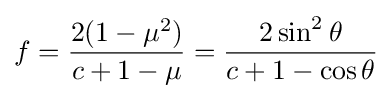
f={\frac {2(1-\mu ^{2})}{c+1-\mu }}={\frac {2\sin ^{2}\theta }{c+1-\cos \theta }}